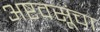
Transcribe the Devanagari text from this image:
अष्टवसूंचा